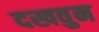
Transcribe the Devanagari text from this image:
दखवुन